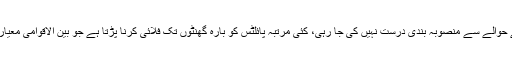
دن اور رات کے حوالے سے منصوبہ بندی درست نہیں کی جا رہی، کئی مرتبہ پائلٹس کو بارہ گھنٹوں تک فلائی کرنا پڑتا ہے جو بین الاقوامی معیار کے خلاف ہے۔